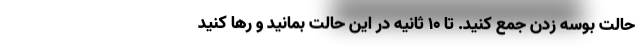
حالت بوسه زدن جمع کنید. تا 10 ثانیه در این حالت بمانید و رها کنید